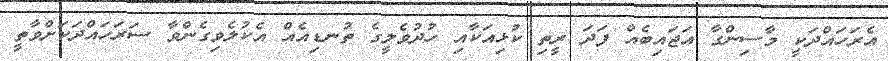
އެރަހައްދަކީ މާސިންގާ އަޖައިބެއް ފަދަ ރީތި ކުޅިއަކާއި ހުދުވެލީގެ ތުނޑިއެއް އެކުލެވިގެންވާ ސަރަހައްދަކަށްވާތީ